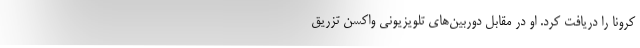
کرونا را دریافت کرد. او در مقابل دوربین‌های تلویزیونی واکسن تزریق